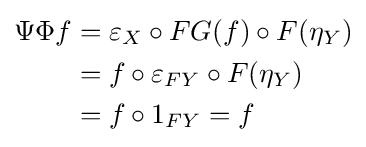
{\begin{aligned}\Psi \Phi f&=\varepsilon _{X}\circ FG(f)\circ F(\eta _{Y})\\&=f\circ \varepsilon _{FY}\circ F(\eta _{Y})\\&=f\circ 1_{FY}=f\end{aligned}}